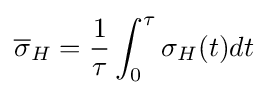
{\overline {\sigma }}_{H}={\frac {1}{\tau }}\int _{0}^{\tau }\sigma _{H}(t)dt